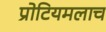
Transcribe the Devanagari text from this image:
प्रोटियमलाच